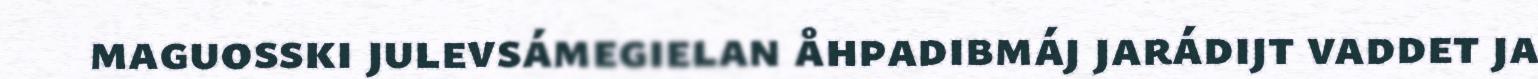
maguosski julevsámegielan åhpadibmáj jarádijt vaddet ja